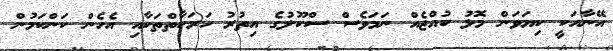
އޭނާއަކީ ކިޔަވަން މޮޅު ކުއްޖެއް ނަމަވެސް ސްކޫލުގެ އިތުރު ހަރަކާތްތަކާއި އެހެން ކަންކަމުން